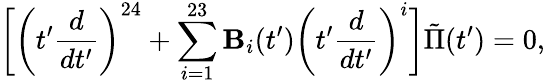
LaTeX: \biggl[\biggl(t^{\prime}{\frac{d}{dt^{\prime}}}\biggr)^{24}+\sum_{i=1}^{23}{\mathbf B}_{i}(t^{\prime})\biggl(t^{\prime}{\frac{d}{dt^{\prime}}}\biggr)^{i}\biggr]\tilde{\Pi}(t^{\prime})=0,